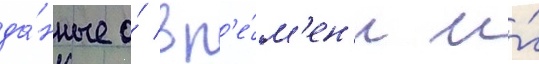
да́нные о́ вр'е́м'ен'и и́